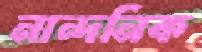
নান্দনিক